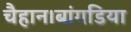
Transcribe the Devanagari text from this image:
चैहान।बांगडिया